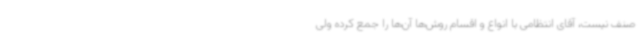
صنف نیست، آقای انتظامی با انواع و اقسام روش‌ها آن‌ها را جمع کرده ولی